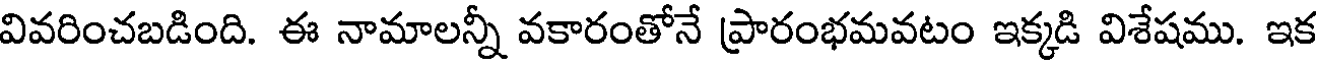
వివరించబడింది. ఈ నామాలన్నీ వకారంతోనే ప్రారంభమవటం ఇక్కడి విశేషము. ఇక